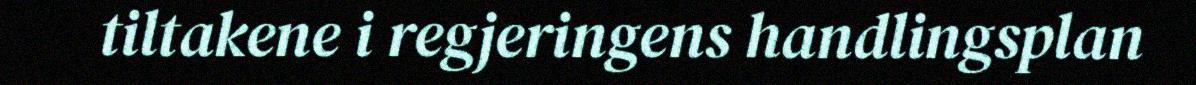
tiltakene i regjeringens handlingsplan